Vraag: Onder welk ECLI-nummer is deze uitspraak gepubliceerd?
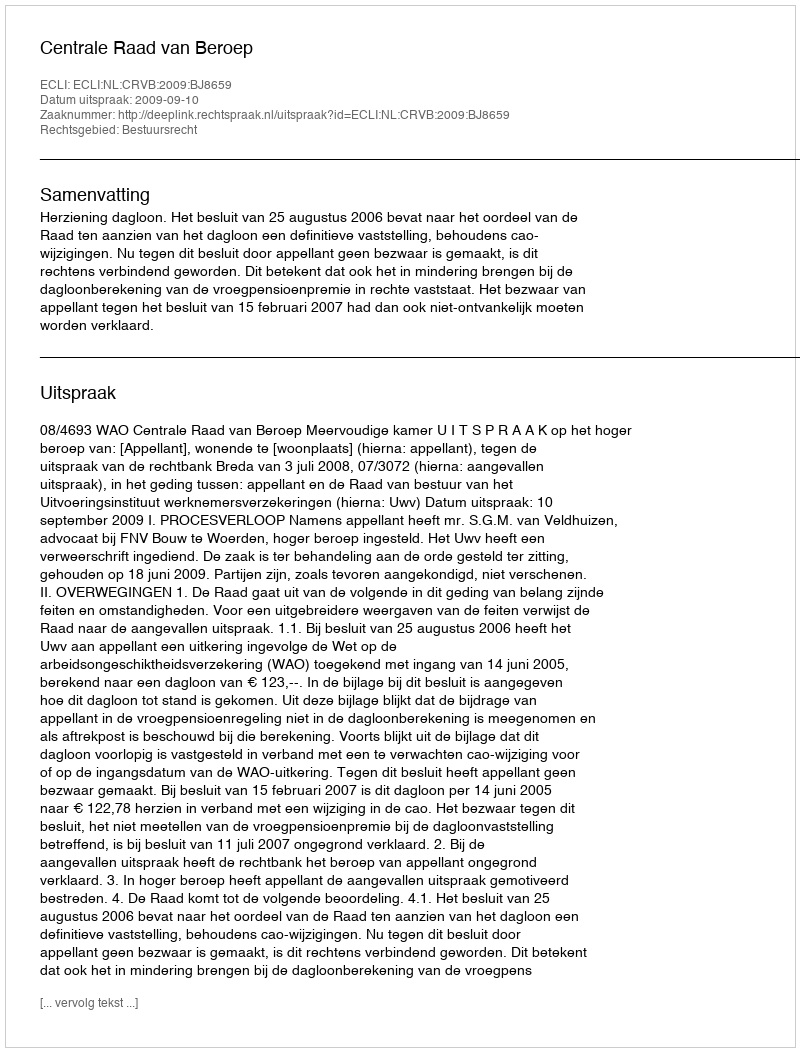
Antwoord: ECLI:NL:CRVB:2009:BJ8659